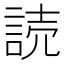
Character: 読